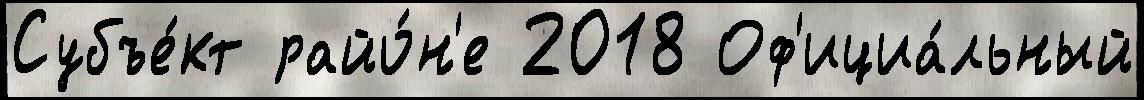
Субъе́кт райо́н'е 2018 Оф'ициа́льный